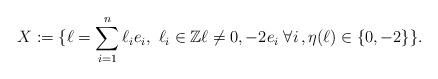
LaTeX: \begin{align*}X :=\{\ell =\sum_{i=1}^n \ell_ie_i,\ \ell_i\in\mathbb Z \ell\neq 0,-2e_i\; \forall i\,,\eta(\ell)\in \{0,-2\}\}.\end{align*}